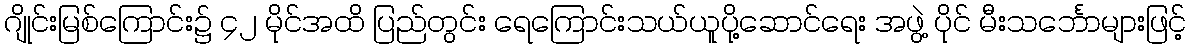
ဂျိုင်းမြစ်ကြောင်း၌ ၄၂ မိုင်အထိ ပြည်တွင်း ရေကြောင်းသယ်ယူပို့ဆောင်ရေး အဖွဲ့ ပိုင် မီးသင်္ဘောများဖြင့်